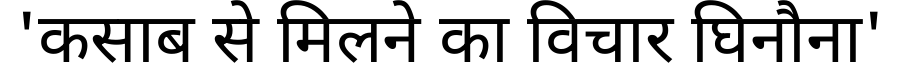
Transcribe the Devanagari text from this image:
'कसाब से मिलने का विचार घिनौना'